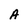
Character: A